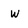
Character: w